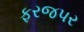
ફરજપર